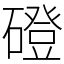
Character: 磴